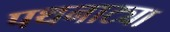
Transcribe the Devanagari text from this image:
पथनाट्या